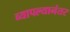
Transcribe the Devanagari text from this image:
व्यापल्यानंतर